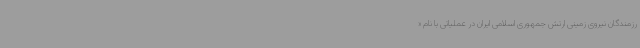
رزمندگان نیروی زمینی ارتش جمهوری اسلامی ایران در عملیاتی با نام «